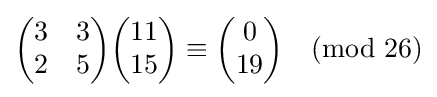
{\begin{pmatrix}3&3\\2&5\end{pmatrix}}{\begin{pmatrix}11\\15\end{pmatrix}}\equiv {\begin{pmatrix}0\\19\end{pmatrix}}{\pmod {26}}